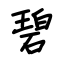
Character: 碧